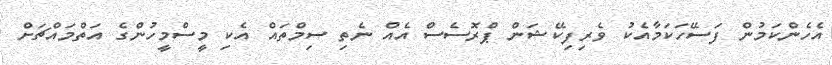
އެހެންކަމުން ފަސޭހަކަމާއެކު ވެރިފިކޭޝަން ޕްރޮސެސް އެއް ނެތި ސިމްތައް އެކި މީސްމީހުންގެ އަތްމައްޗަށް